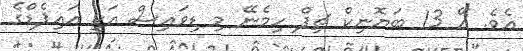
އެވެ. އޭ 13 ބަޔޮނިކް ޗިޕް ހިމެނޭ މި ޑިވައިސް އަކީ އައިޕެޑްގެ